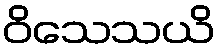
ဝိသေသယိ